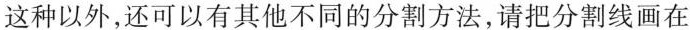
这种以外，还可以有其他不同的分割方法，请把分割线画在